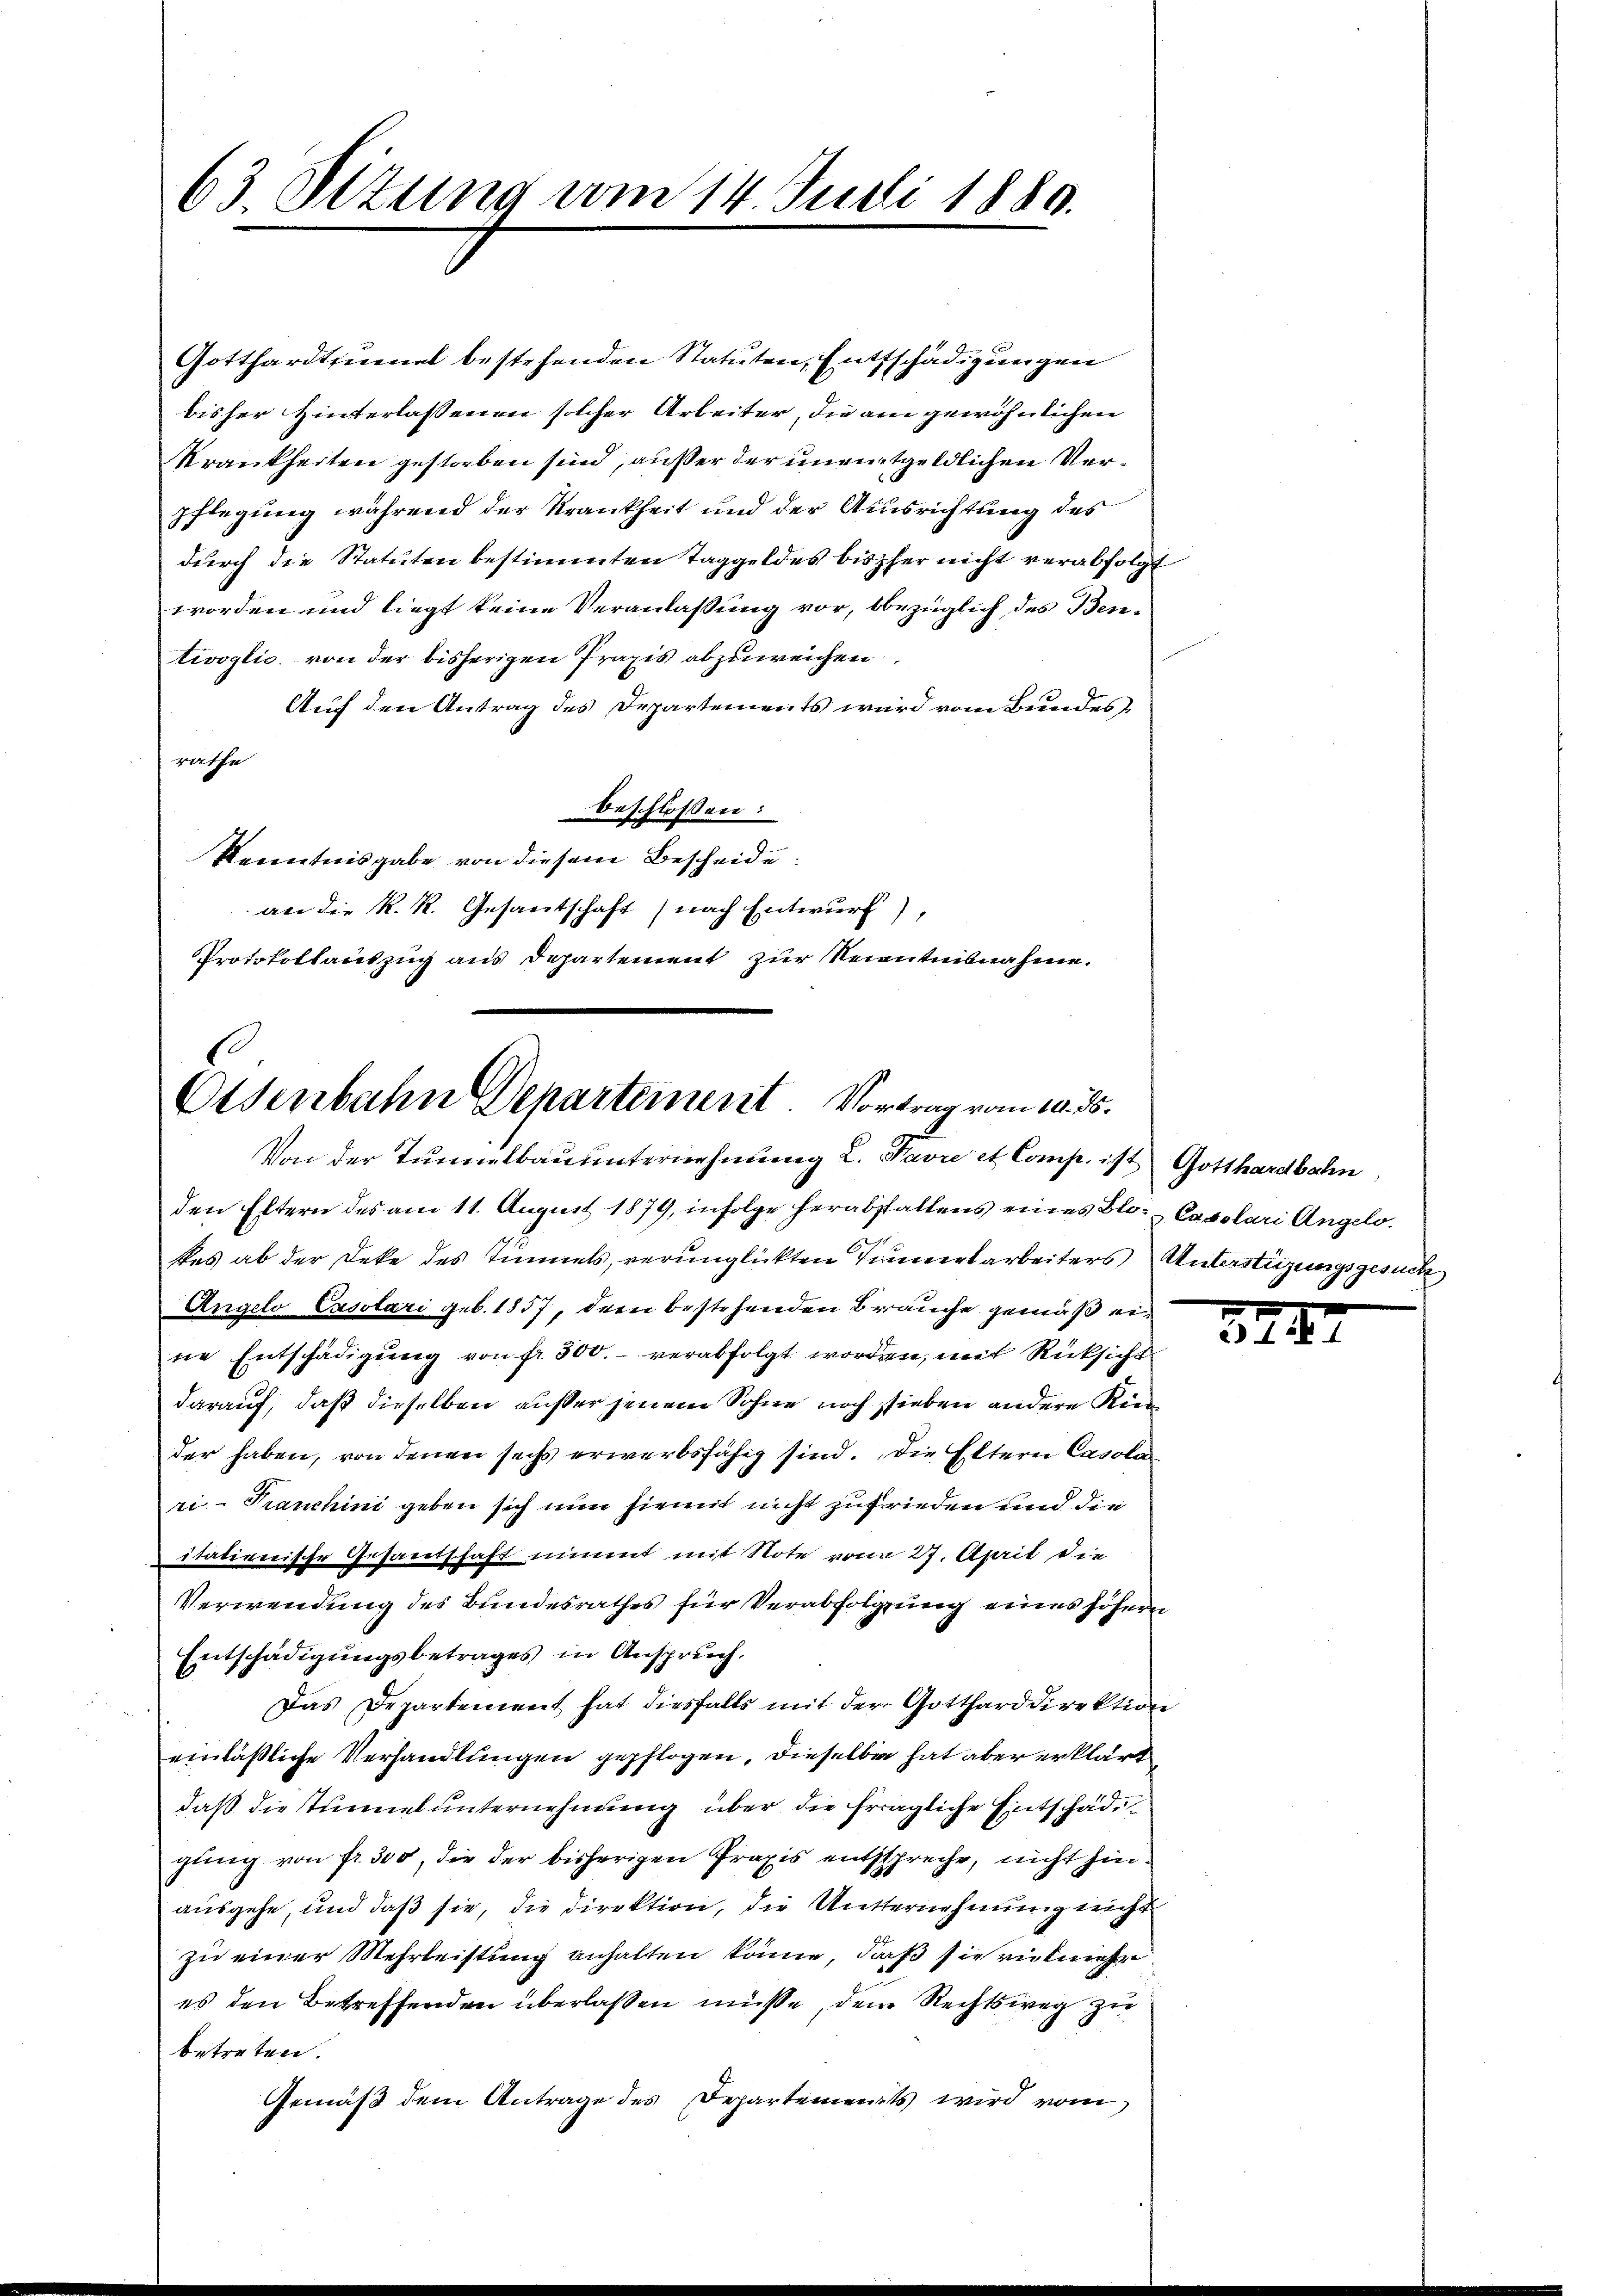
63. Ottung vom 14. Juni 1880.

Gotthardt ernal bestehenden Statuten, Entschädigungen
bisher Hinterlassenen solcher Arbeiter, die am gewöhnlichen
Krankheiten gestorben sind, außer der unentgeldlichen Verpflegung während der Krankheit und der Ausrichtung des
durch die Statuten bestimmten Taggeldes bisher nicht verabfolgt
worden und liegt keine Veranlaßung vor, bbezüglich des Bentivoglio von der bisherigen Praxis abzuweichen
Auf den Antrag des Departements wird vom Bundes
raffe
beschlossen:
Kenntnisgabe von diesem Bescheide.
an die K. R. Gesantschaft nach Entwurf)
Protokollantzug aus Departement zur Kenntnisnahme.

Osenbahn Departement. Vortrag vom 10. ds.
Von der Tunnelbau unternehmung 2. Favre et Comp. ist Gotthardbahn,

den Eltern des am 11. August 1879, infolge herabstaltens eines Blo- Cassari Angelo.
kes ab der Deke des Tunnels, verunglückten Tinnertarbeiters Unterstüzungsgesuch
Angelo Casotari geb. 1857, dern bestehenden Brauche gemäß eine Entschädigung von fr. 300.- verabfolgt worden, mit Rücksicht
darauf, daß dieselben außer jenem Sohne noch sieben andere Kin
der haben, von denen sechs erwerbsfähig sind. Die Eltern Casola
ri. - Franchini geben sich nun hiemit nicht zufrieden und die
itationische Gesamtschaft nimmt mit Note vom 27. April die
Verwendung des Bundesrathes für Verabfolgung eines höhern
Entschädigungsbetrages in Anspruch.
Das Departement hat diesfalls mit der Gotthard direktion
einläßliche Verhandlungen gepflogen, dieselbe hat aber erklärt
daß die Tunnel unternehmung über die fragliche Entschade
gung von fr. 300, die der bisherigen Praxis entspreche, nicht hinausgehe, und daß sie, die Direktion, die Unternehmung nicht
zu einer Mehrleistung anhalten könne, daß sie vielmehr
es den Betreffenden überlassen müsse, dem Rechtsweg zu
betreten.
Gemäß dem Antrage des Departements wird vom

344